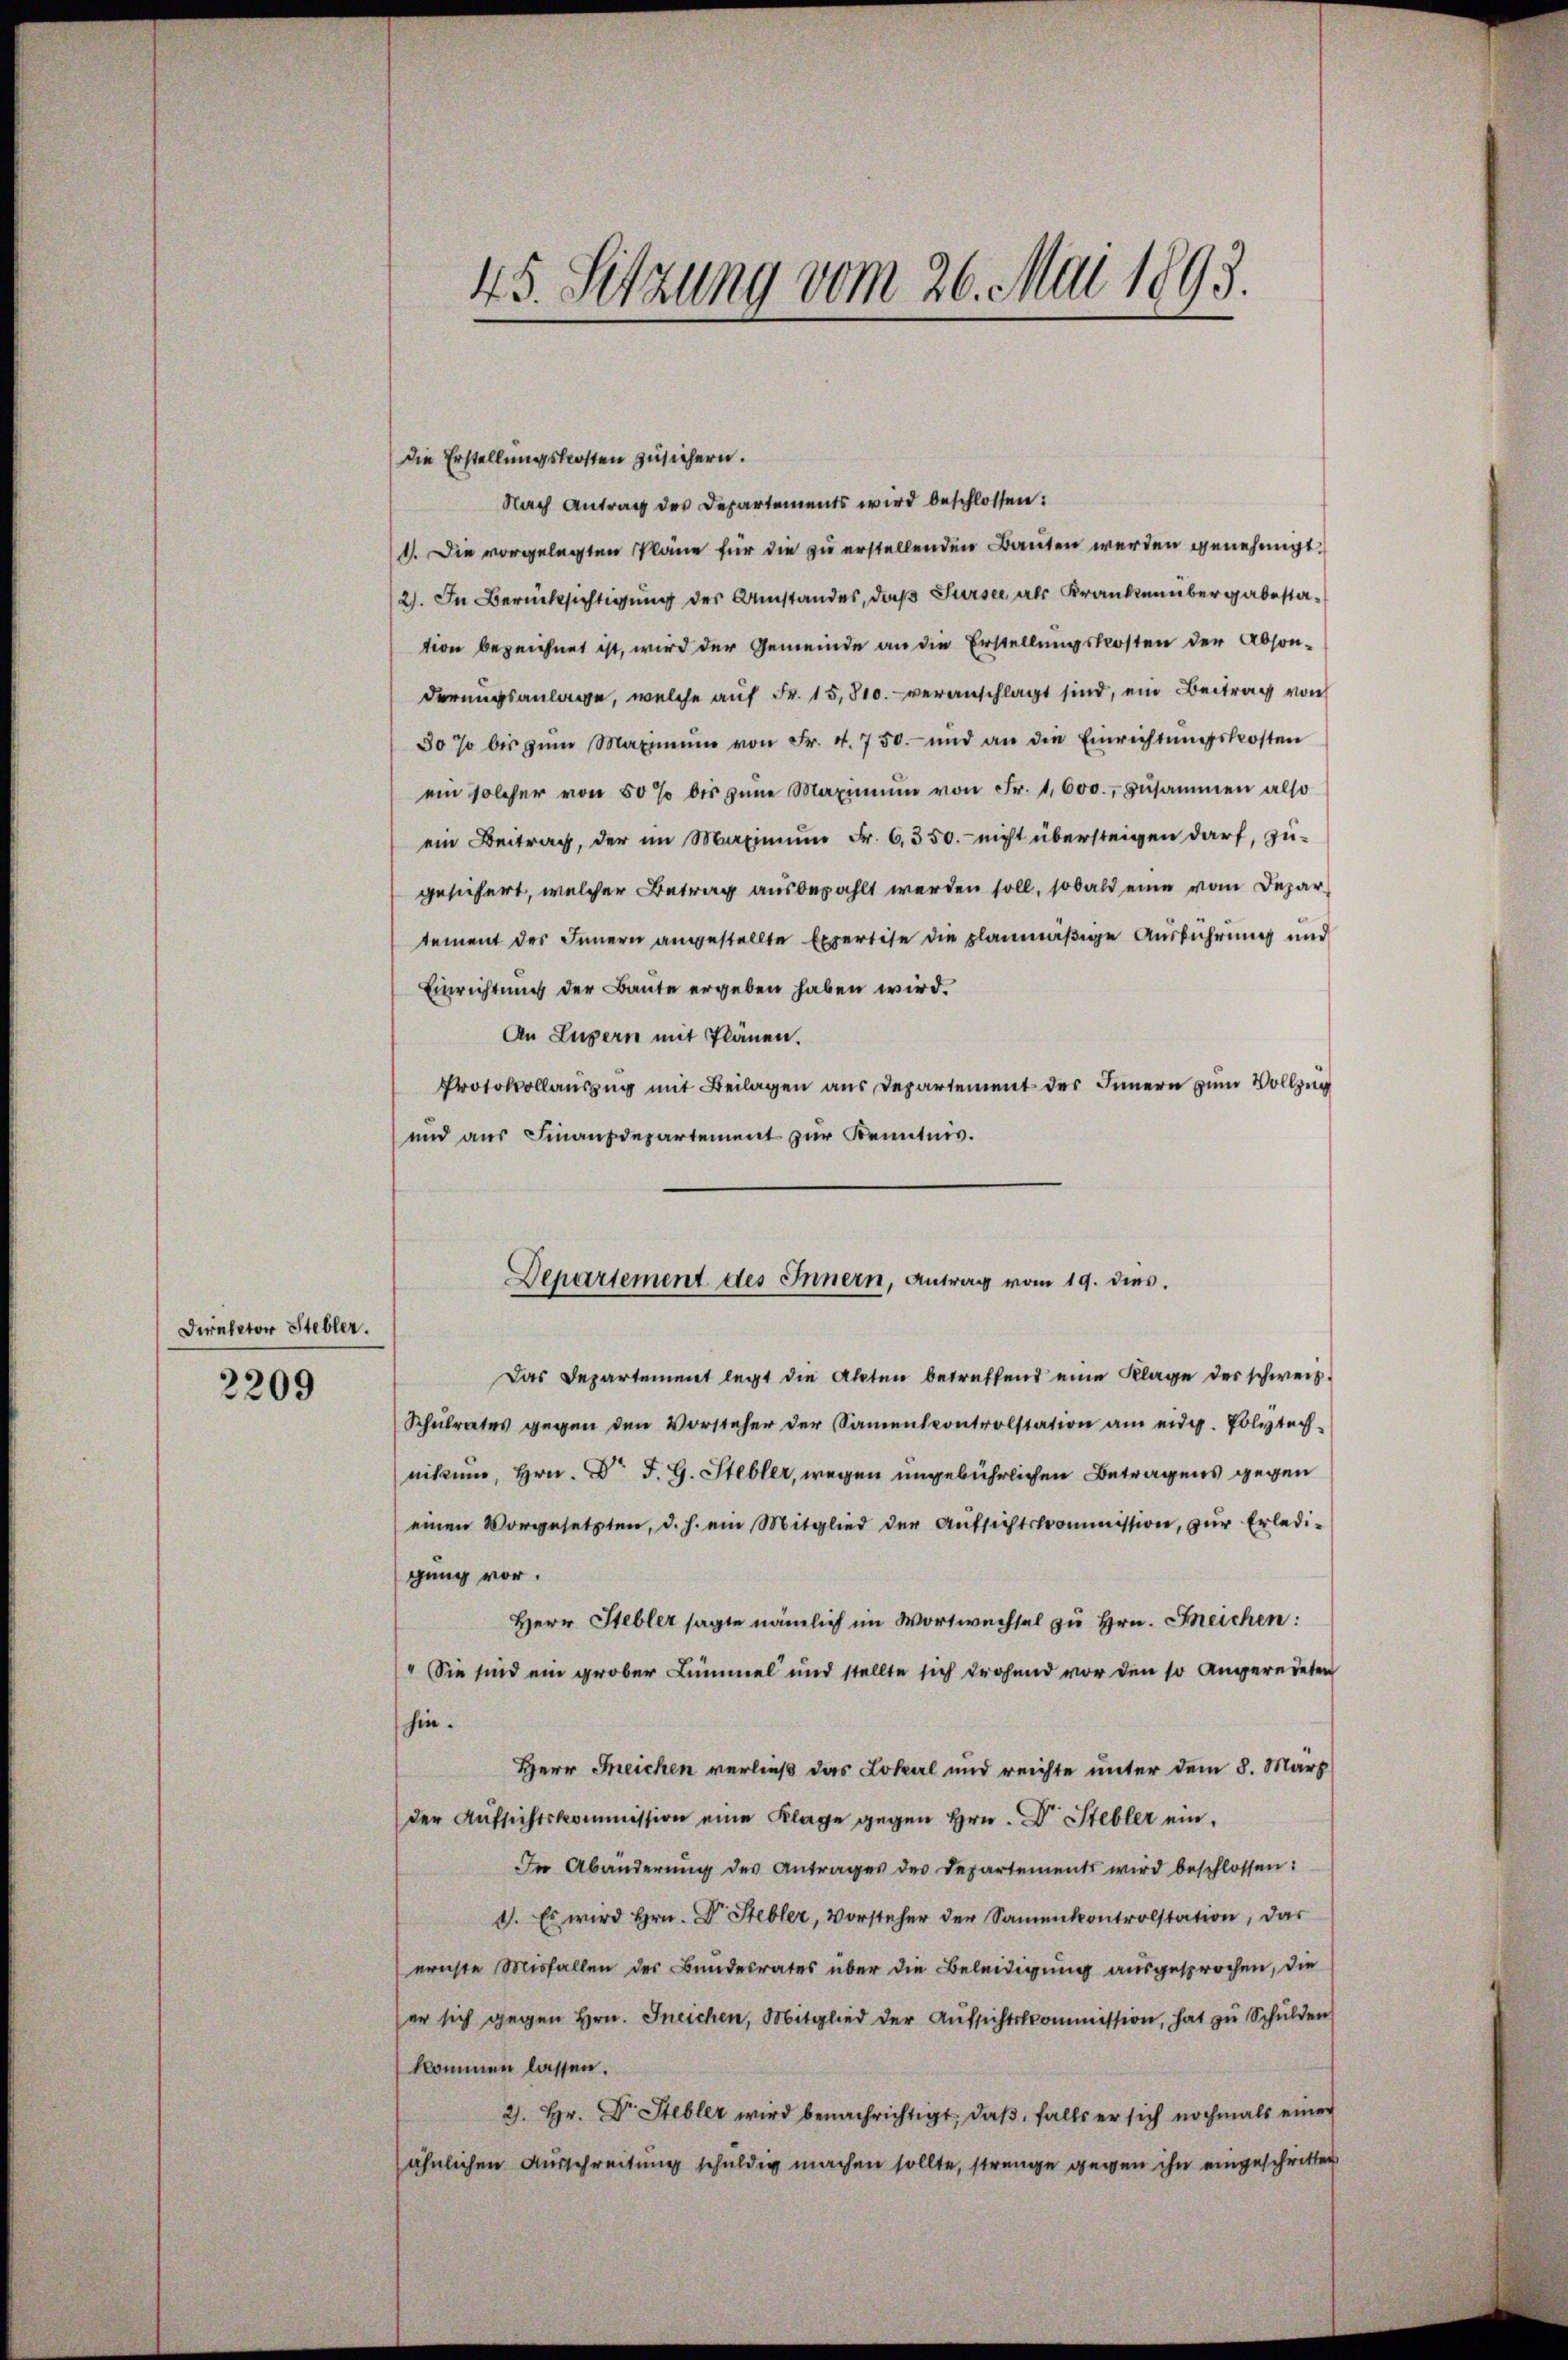
Direktor Stebler.
2209

45. Sitzung vom 26. Mai 1893.

Die Erstellungskosten zusichern.
Nach Antrag des Departements wird beschlossen:
1. Die vorgelegten Pläne für die zu erstellenden Bauten werden genehmigt.
2). In Berücksichtigung der Umstandes, daß Sursee als Kranken übergabestation bezeichnet ist, wird der Gemeinde an die Erstellungskosten der Absonderungsanlage, welche auf Fr. 15,500. veranschlagt sind, ein Beitrag von
30 % bis zŭm Maximŭm von Fr. 4. 750.- und an die Einrichtŭngskosten
ein solcher von 50 % bis zŭm Maximŭm von Fr. 1,600., zusammen also
ein Beitrag, der im Maximum Fr. 6350.- nicht übersteigen darf, zu-
gesichert, welcher Betrag ausbezahlt werden soll, sobald eine vom Depar
tement des Innern angestellte Expertise die planmäßige Ausführung und
Einrichtung der Baute ergeben haben wird.
An Luzern mit Plänen.
Protokollauszug mit Beilagen aus Departement des Innern zum Vollzug
und aus Finanzdepartement zur Kenntnis.
Das Departement legt die Akten betreffend eine Klage der schweiz.
Schŭlrates gegen den Vorsteher der Samentcontrolstation am eidg. Polytech-
nikum, Hrn. Dr J. G. Stebler, wegen ungebührlichen Betragens gegen
einen Vorgesetzten, d. h. ein Mitglied der Aŭfsichtskommission, zur Erledi-
gung vor.
Herr Stebler sagte nämlich im Wortwechsel zu Hrn. Freichen:
" Sie sind ein grober Lümmel und stellte sich drohend vor den so angeredeten
hin.
Herr Feichen verließ das Lokal und reichte unter dem 8. März
der Aŭfsichtskommission eine Klage gegen Hrn. Dr. Stebler ein¬
In Abänderŭng des Antrages der Departements wird beschlossen:
d. Es wird Hrn. Dr. Hebler, Vorsteher der Samenkontrolstation, das
ernste Misfallen des Bundesrates über die Beleidigung ausgesprochen, die
er sich gegen hrn. Ineichen, Mitglied der Aŭfsichtskommission, hat zŭ Schulden
kommen lassen.
2. Hr. Dr Stebler wird benachrichtigt, daß, falls er sich nochmals einer
ähnlichen Ausschreitung schuldig machen sollte, strenge gegen ihn eingeschritten

Departement des Innern, Antrag vom 19. dies